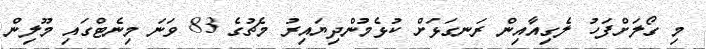
މި ގޯލަށްފަހު ލެގިއާއިން ރަނގަޅަށް ކުޅެމުންދިޔައިރު މެޗުގެ 83 ވަނަ މިނެޓްގައި މޫލިން